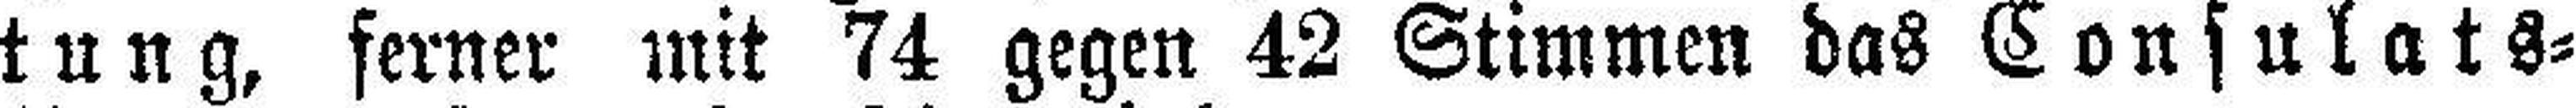
tung, ferner mit 74 gegen 42 Stimmen das Consulats=